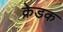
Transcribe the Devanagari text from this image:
क्रेडक